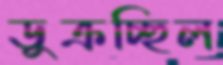
ডুক্‌রচ্ছিল